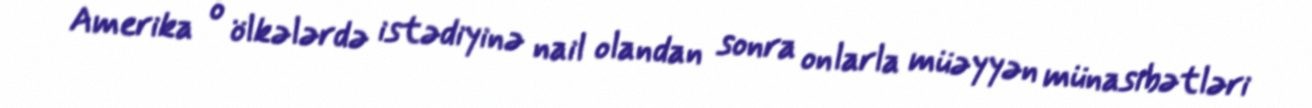
Amerika o ölkələrdə istədiyinə nail olandan sonra onlarla müəyyən münasibətləri